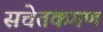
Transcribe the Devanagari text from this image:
सचेतकगण